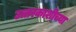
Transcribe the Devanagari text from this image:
उत्तरकाशीच्या